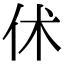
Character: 𠇲